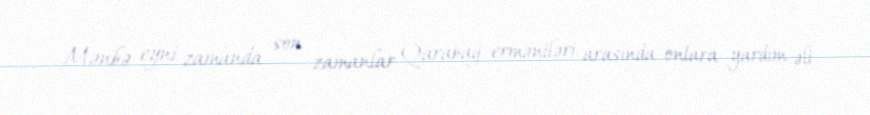
Mənbə eyni zamanda son zamanlar Qarabağ erməniləri arasında onlara yardım əli